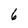
Character: 6